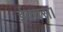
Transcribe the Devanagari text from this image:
ईक्वस।